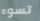
تسوء